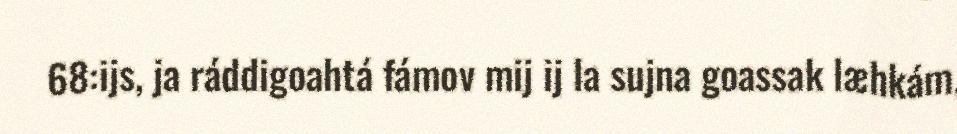
68:ijs, ja ráddigoahtá fámov mij ij la sujna goassak læhkám,